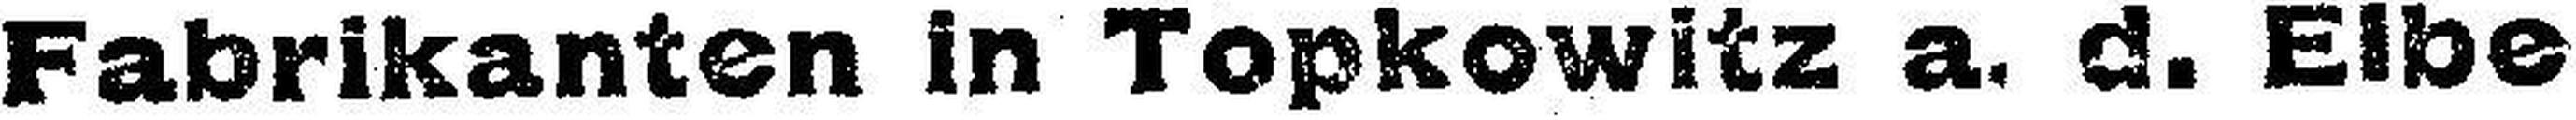
Fabrikanten in Topkowitz a. d. Eibe